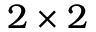
2 \times 2